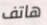
هاتف